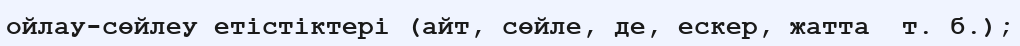
ойлау-сөйлеу етістіктері (айт, сөйле, де, ескер, жатта  т. б.);